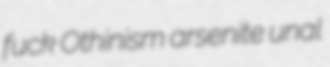
fuck Othinism arsenite unal